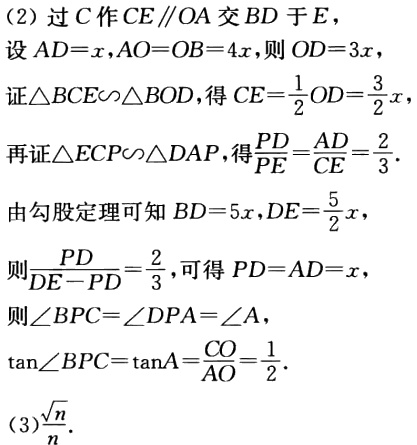
(2) 过\(C\)作\(CE\parallel OA\)交\(BD\)于\(E\)，

设\(AD = x,AO = OB = 4x\)，则\(OD = 3x\)，

证\(\triangle BCE\sim\triangle BOD\)，得\(CE=\frac{1}{2}OD=\frac{3}{2}x\)，

再证\(\triangle ECP\sim\triangle DAP\)，得\(\frac{PD}{PE}=\frac{AD}{CE}=\frac{2}{3}\)．

由勾股定理可知\(BD = 5x,DE=\frac{5}{2}x\)，

则\(\frac{PD}{DE - PD}=\frac{2}{3}\)，可得\(PD = AD = x\)，

则\(\angle BPC=\angle DPA=\angle A\)，

\(\tan\angle BPC=\tan A=\frac{CO}{AO}=\frac{1}{2}\)．

(3)\(\frac{\sqrt{n}}{n}\)．